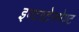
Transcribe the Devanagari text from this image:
इण्टरटेनमेण्ट